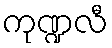
ကုဏ္ဍလီ